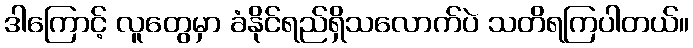
ဒါကြောင့် လူတွေမှာ ခံနိုင်ရည်ရှိသလောက်ပဲ သတိရကြပါတယ်။